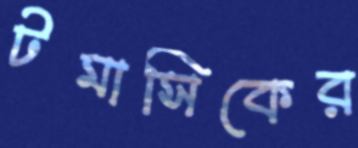
টমাসিকের